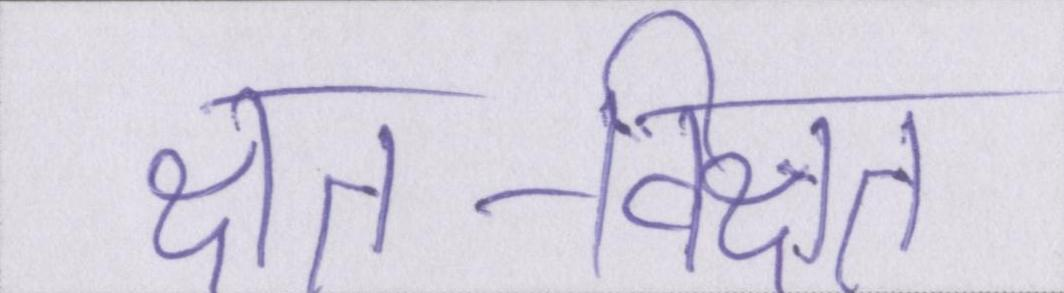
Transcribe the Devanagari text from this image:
क्षत-विक्षत